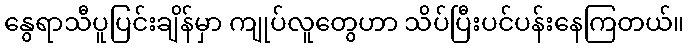
နွေရာသီပူပြင်းချိန်မှာ ကျုပ်လူတွေဟာ သိပ်ပြီးပင်ပန်းနေကြတယ်။